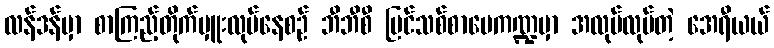
လန်ဒန်မှာ စာကြည့်တိုက်မှူးလုပ်နေစဉ် ဘီဘီစီ ပြင်သစ်စာပေကဏ္ဍမှာ အလုပ်လုပ်တဲ့ အေရီယယ်